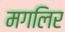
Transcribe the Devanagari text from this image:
मगलिर